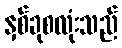
နှစ်ခုစလုံးသည်